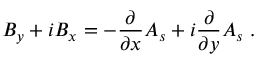
B _ { y } + i B _ { x } = - \frac { \partial } { \partial x } A _ { s } + i \frac { \partial } { \partial y } A _ { s } \; .